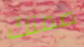
صمتك